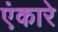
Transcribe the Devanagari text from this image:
एंकारे